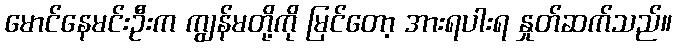
မောင်နေမင်းဦးက ကျွန်မတို့ကို မြင်တော့ အားရပါးရ နှုတ်ဆက်သည်။